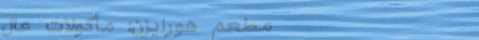
مطعم هورايزن: مأكولات عال